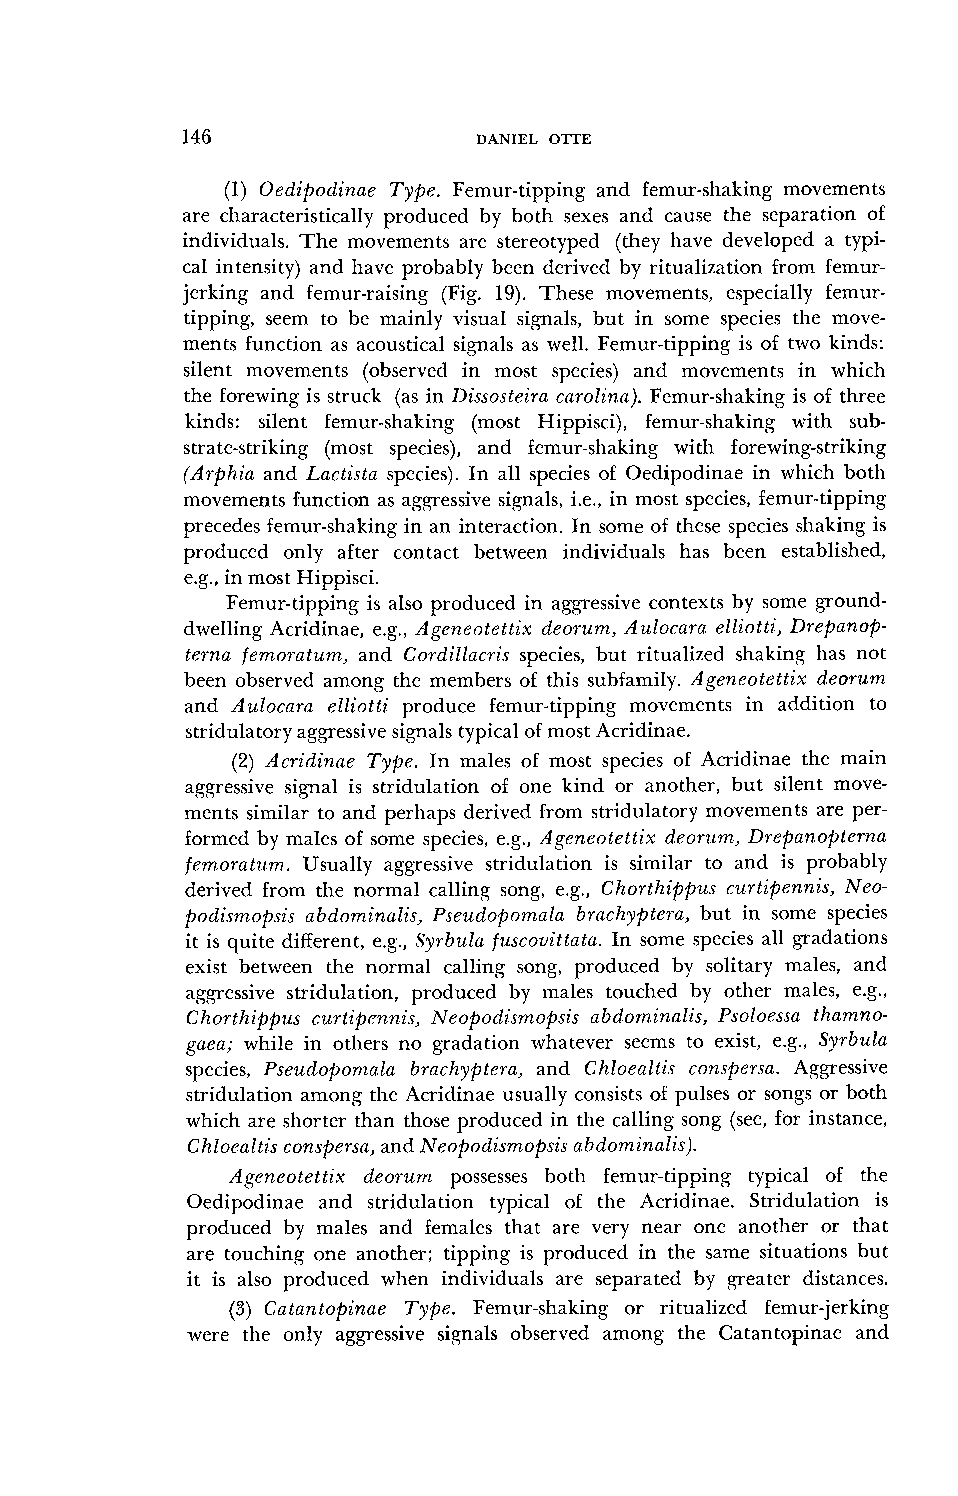
146                 DANIEL OTTE
 (1) Oedipodinae Type. Femur-tipping and femur-shaking movements
 are characteristically produced by both sexes and cause the separation of
 individuals. The movements are stereotyped (they have developed a typi-
 cal intensity) and have probably been derived by ritualization from femur-
 jerking and femur-raising (Fig. 19). These movements, especially femur-
 tipping, seem to be mainly visual sicpals, but in some species the move-
 ments function as acoustical signals as well. Femur-tipping is of two kinds:
 silent movements (observed in most species) and movements in which
 the forewing is struck (as in Dissosteira carolina). Femur-shaking is of three
 kinds: silent femur-shaking (most Hippisci), femur-shaking with sub-
 strate-striking (most species), and femur-shaking with forewing-striking
 (Arphia and Lactista species). In all species of Oedipodinae in which both
 movements function as aggressive signals, i.e., in most species, femur-tipping
 precedes femur-shaking in an interaction. In some of these species shaking is
 produced only after contact between individuals has been established,
 e.g., in most Hippisci.
 Femur-tipping is also produced in aggressive contexts by some <ground-
 dwelling Acridinae, e.g., Ageneotettix deorum, Aulocara elliotti, Drepanop-
 terna femoratum, and Cordillacris species, but ritualized shaking has not
 been observed among the members of this subfamily. Ageneotettix deorum
 and Alllocara elliotti produce femur-tipping movements in addition to
 stridulatory agcgressives ignals typical of most Acridinae.
 (2) Acridinae Type. In males of most species of Acridinae the main
 aggressive signal is stridulation of one kind or another, but silent move-
 ments similar to and perhaps derived from stridulatory movements are per-
 formed by males of some species, e.g., Ageneotettix deorum, Drepanopterna
 femoratzlm. Usually aggressive stridulation is similar to and is probably
 derived from the normal calling song, e.g., Chorthippus curtipennis, Neo-
 podismopsis abdominalis, Pseudopomala brachyptera, but in some species
 it is quite different, e.g., Syrbula fuscovittata. In some species all gradations
 exist between the normal calling song, produced by solitary males, and
 ag<gressive stridulation, produced by males touched by other males, e.g.,
 Chorthippus curtipennis, Neopodismopsis abdominalis, Psoloessa thamno-
 goea; while in others no gradation whatever seems to exist, e.g., Syrbula
 species, Pseudopon.rala bmchyptera, and Chloealtis conspersa. Aggressive
 stridulation among the Acridinae usually consists of pulses or songs or both
 which are shorter than those produced in the calling song (see, for instance,
 Chloealtis conspersa, and Neopodism,opsis abdonzinalis).
 Ageneotettix deorum possesses both femur-tipping typical of the
 Oedipodinae and stridulation typical of the Acridinae. Stridulation is
 produced by males and females that are very near one another or that
 are touching one another; tipping is produced in the same situations but
 it is also produced when individuals are separated by greater distances.
 (3) Catantopinae Type. Femur-shaking or ritualized femur-jerking
 were the only aggressive signals observed among the Catantopinae and